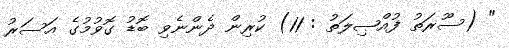
" (ސޫރަތު ފުއްޞިލަތު : 11) ކުރިން ދެންނެވި ބޮޑު ގޮވުމުގެ އަސަރު